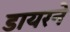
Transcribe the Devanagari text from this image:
डायरने